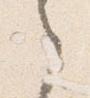
之